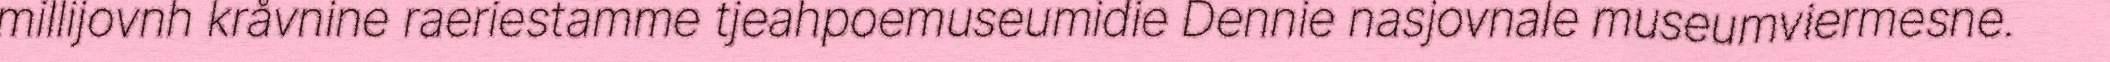
millijovnh kråvnine raeriestamme tjeahpoemuseumidie Dennie nasjovnale museumviermesne.